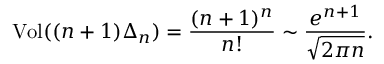
\operatorname { V o l } ( ( n + 1 ) \Delta _ { n } ) = { \frac { ( n + 1 ) ^ { n } } { n ! } } \sim { \frac { e ^ { n + 1 } } { \sqrt { 2 \pi n } } } .